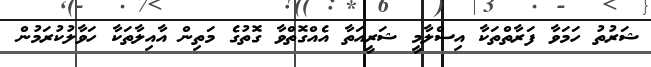
ޝަރުތު ހަމަވާ ފަރާތްތަކާ އިސްލާމީ ޝަރީއަތާ އެއްގޮތްވާ ގޮތުގެ މަތިން އާއިލާތަކާ ހަވާލުކުރަމުން